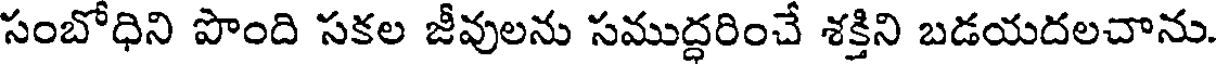
సంబోధిని పొంది సకల జీవులను సముద్ధరించే శక్తిని బడయదలచాను.